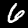
Label: 6